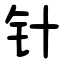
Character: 针